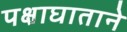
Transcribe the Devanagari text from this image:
पक्षाघाताने